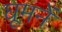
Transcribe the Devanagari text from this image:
घूमनें